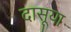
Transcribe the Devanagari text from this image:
दासूया